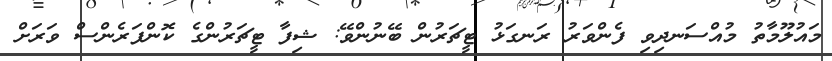
މައުލޫމާތު މުއްސަނދިވި ފެންވަރު ރަނގަޅު ޓީޗަރުން ބޭނުންވޭ: ޝިފާ ޓީޗަރުންގެ ކޮންފަރެންސް ވަރަށް